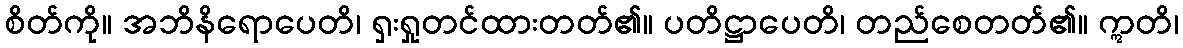
စိတ်ကို။ အဘိနိရောပေတိ၊ ရှးရှုတင်ထားတတ်၏။ ပတိဋ္ဌာပေတိ၊ တည်စေတတ်၏။ ဣတိ၊